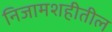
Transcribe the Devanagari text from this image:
निजामशहीतील